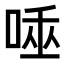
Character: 𠴯